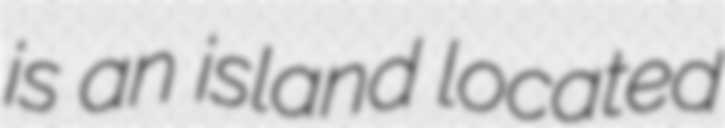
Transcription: is an island located